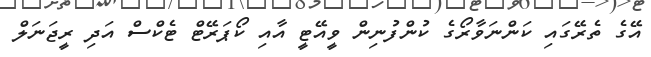
އޭގެ ތެރޭގައި ކަންނަވާރޯގެ ކުންފުނިން ވީއޭޓީ އާއި ކޯޕަރޭޓް ޓެކްސް އަދި ރީޖަނަލް